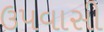
ઉપવાસી